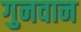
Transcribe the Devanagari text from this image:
गुनवान